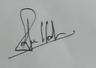
Signature authenticity: genuine